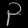
Digit: ၃